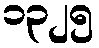
၁၃၂၅